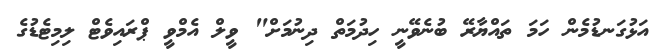
އަޅުގަނޑުމެން ހަމަ ތައްޔާރޭ ބުނެވޭނީ ހިދުމަތް ދިނުމަށް" ވީލް އެމްވީ ޕްރައިވެޓް ލިމިޓެޑުގެ